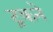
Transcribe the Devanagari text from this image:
ट्रकने